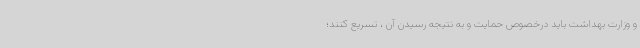
و وزارت بهداشت باید درخصوص حمایت و به نتیجه رسیدن آن ، تسریع کنند؛